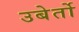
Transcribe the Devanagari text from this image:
उबेर्तो